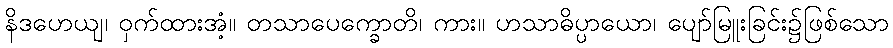
နိဒဟေယျ၊ ဝှက်ထားအံ့။ တသာပေက္ခောတိ၊ ကား။ ဟသာဓိပ္ပာယော၊ ပျော်မြူးခြင်း၌ဖြစ်သော